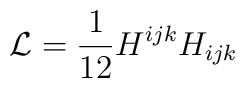
{\cal L} = {\frac{1}{12}}{H^{ijk}H_{ijk}}